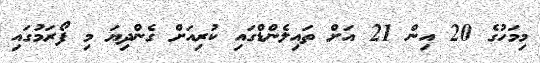
މިމަހުގެ 20 އިން 21 އަށް ތައިލެންޑްގައި ކުރިއަށް ގެންދިޔަ މި ފޯރަމުގައި